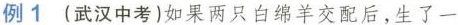
例1 (武汉中考)如果两只白绵羊交配后，生了一